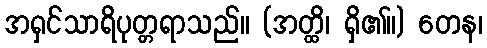
အရှင်သာရိပုတ္တရာသည်။ (အတ္ထိ၊ ရှိ၏။) တေန၊